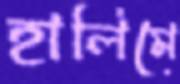
হালিমে